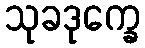
သုခဒုက္ခေ